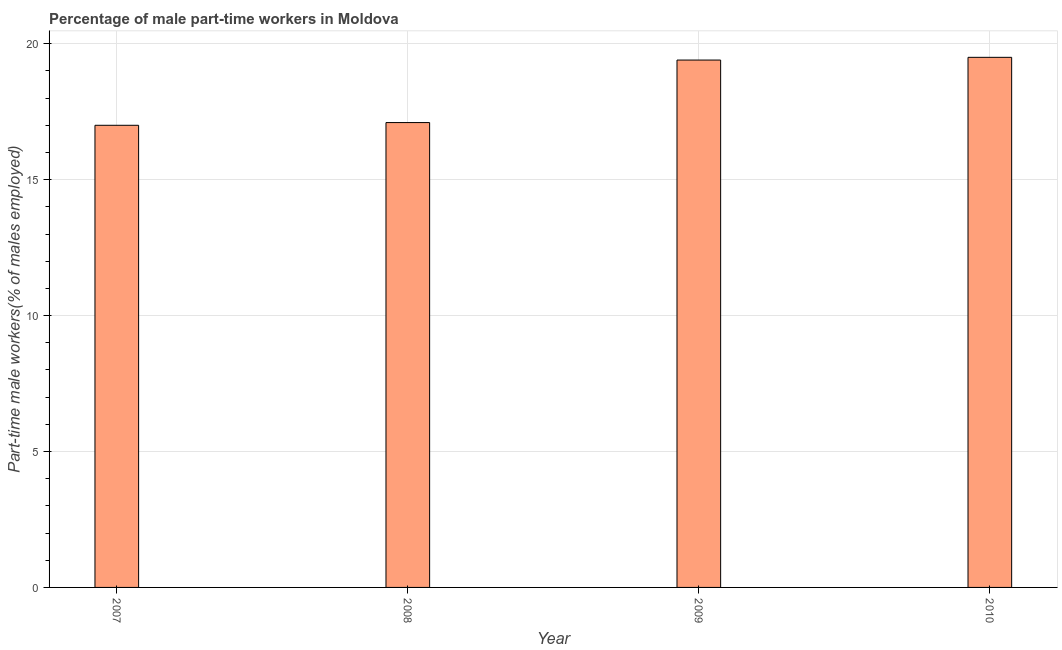
| Year | Part time employment |
 | --- | --- |
 | 2007 | 17 |
 | 2008 | 17.1 |
 | 2009 | 19.4 |
 | 2010 | 19.5 |